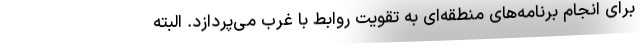
برای انجام برنامه­های منطقه­ای به تقویت روابط با غرب می­پردازد. البته